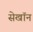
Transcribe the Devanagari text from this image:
सेखॉन